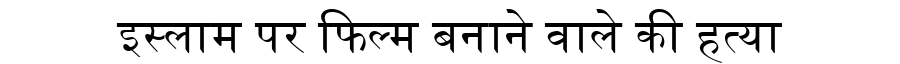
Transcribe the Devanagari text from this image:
इस्लाम पर फिल्म बनाने वाले की हत्या